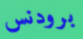
برودنس